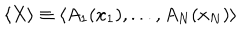
\langle X \rangle \equiv \langle A _ { 1 } ( x _ { 1 } ) , . . . , A _ { N } ( x _ { N } ) \rangle